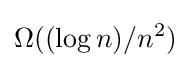
\Omega ((\log n)/n^{2})